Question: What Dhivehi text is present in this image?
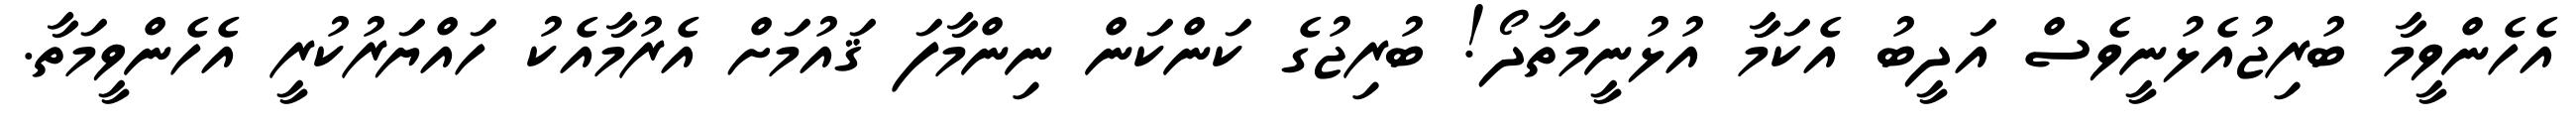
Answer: އެހެންވީމާ ބުރިޖުއެޅުނީވެސް އަދީބު އެކަމާ އުޅުނީމަތާދޯ! ބުރިޖުގެ ކަންކަން ނިންމާފަ ޤައުމަށް އެރުމާއެކު ހައްޔަރުކުރީ އެހެންވީމަތާ.